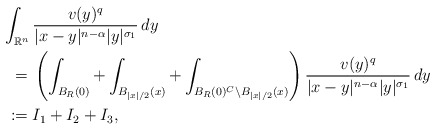
\begin{align*}\int_{\mathbb{R}^n} {} & \frac{v(y)^q}{|x-y|^{n-\alpha}|y|^{\sigma_1}}\,dy \\= {} & \left( \int_{B_{R}(0)} + \int_{B_{|x|/2}(x)} + \int_{B_{R}(0)^{C}\backslash B_{|x|/2}(x)} \right) \frac{v(y)^q}{|x-y|^{n-\alpha}|y|^{\sigma_1}}\,dy \\:= {} & I_1 + I_2 + I_3,\end{align*}